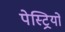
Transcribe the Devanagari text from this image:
पेस्ट्रियों